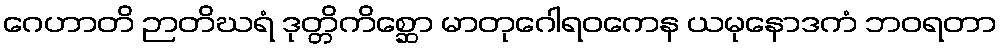
ဂေဟာတိ ဉာတိဃရံ ဒုတ္တိကိစ္ဆော မာတုဂေါရဝကေန ယမုနောဒကံ ဘဝရတာ